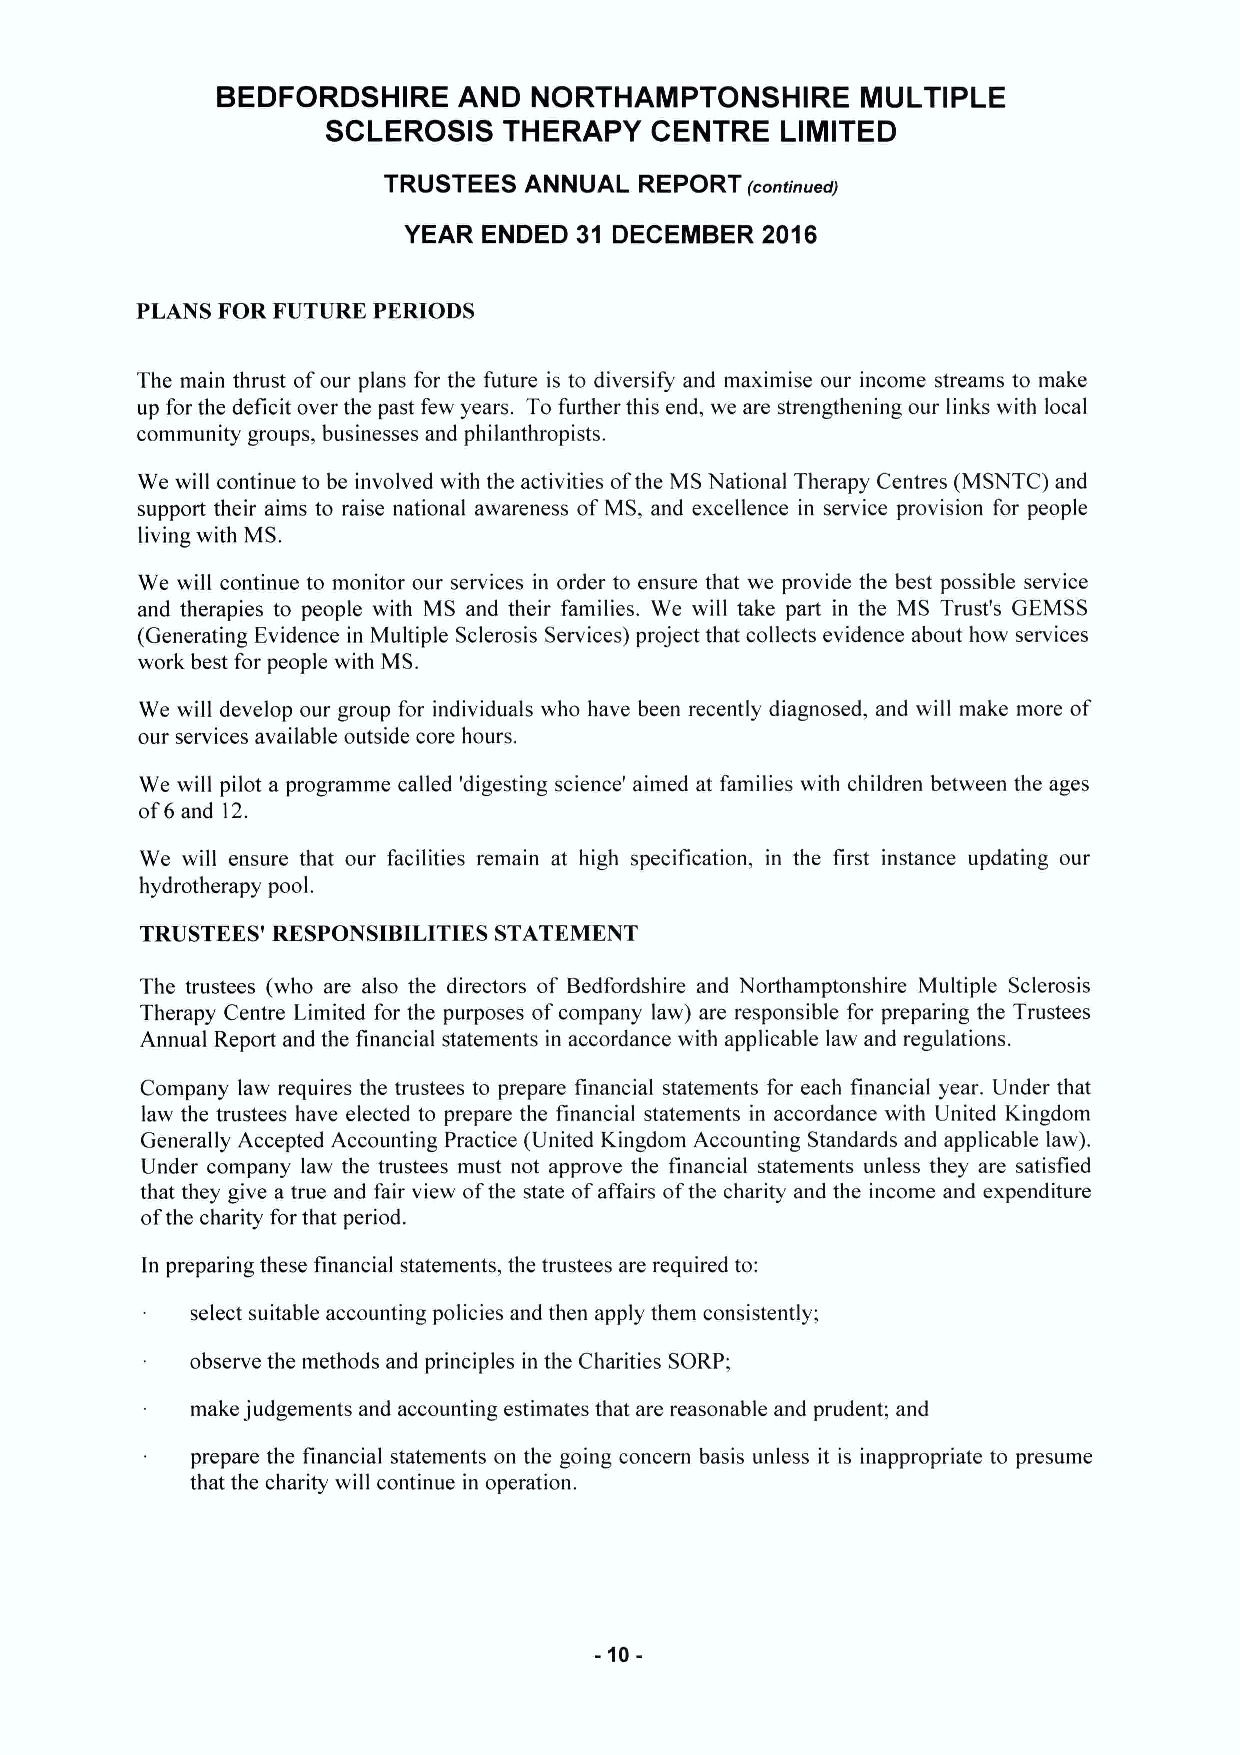
BEDFORDSHIRE    AND  NORTHAMPTONSHIRE      MULTIPLE
 SCLEROSIS  THERAPY   CENTRE   LIMITED
 TRUSTEES  ANNUAL REPORT (continued)
 YEAR ENDED 31 DECEMBER 2016
 PLANS FOR FUTURE PERIODS
 The main thrust ofour plans for the future is to diversify and maximise our income streams to make
 up for the deficit over the past few years. To further this end, we are strengthening our links with local
 community groups, businesses and philanthropists.
 We will continue to be involved with the activities ofthe MS National Therapy Centres (MSNTC) and
 support their aims to raise national awareness ofMS, and excellence in service provision for people
 living with MS.
 We will continue to monitor our services in order to ensure that we provide the best possible service
 and therapies to people with MS and their families. We will take part in the MS Trust's GEMSS
 (Generating Evidence in Multiple Sclerosis Services) project that collects evidence about how services
 work best for people with MS.
 We will develop our group for individuals who have been recently diagnosed, and will make more of
 our services available outside core hours.
 We will pilot a programme called 'digesting science' aimed at families with children between the ages
 of6and 12.
 We will ensure that our facilities remain at high specification, in the first instance updating our
 hydrotherapy pool.
 TRUSTEES' RESPONSIBILITIES STATEMENT
 The trustees (who are also the directors of Bedfordshire and Northamptonshire Multiple Sclerosis
 Therapy Centre Limited for the purposes ofcompany law) are responsible for preparing the Trustees
 Annual Report and the financial statements in accordance with applicable law and regulations.
 Company law requires the trustees to prepare financial statements for each financial year, Under that
 law the trustees have elected to prepare the financial statements in accordance with United Kingdom
 Generally Accepted Accounting Practice (United Kingdom Accounting Standards and applicable law).
 Under company law the trustees must not approve the financial statements unless they are satisfied
 that they give a true and fair view ofthe state ofaffairs ofthe charity and the income and expenditure
 ofthe charity for that period.
 In preparing these financial statements, the trustees are required to:
 select suitable accounting policies and then apply them consistently;
 observe the methods and principles in the Charities SORP;
 make judgements and accounting estimates that are reasonable and prudent; and
 prepare the financial statements on the going concern basis unless it is inappropriate to presume
 that the charity will continue in operation.
 -10-